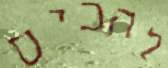
להבים